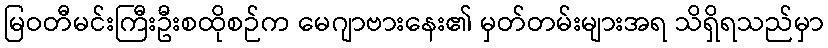
မြဝတီမင်းကြီးဦးစထိုစဉ်က မေဂျာဗားနေး၏ မှတ်တမ်းများအရ သိရှိရသည်မှာ